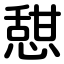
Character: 憇